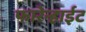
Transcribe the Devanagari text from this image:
फारेन्हाईट